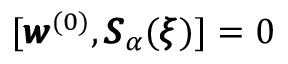
[ { \pmb w } ^ { ( 0 ) } , { \pmb S } _ { \alpha } ( { \pmb \xi } ) ] = 0